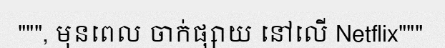
""", មុនពេល ចាក់ផ្សាយ នៅលើ Netflix"""